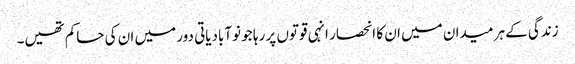
زندگی کے ہر میدان میں ان کا انحصار انہی قوتوں پر رہا جو نوآبادیاتی دور میں ان کی حاکم تھیں۔